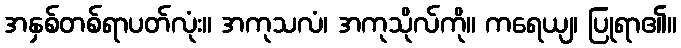
အနှစ်တစ်ရာပတ်လုံး။ အကုသလံ၊ အကုသိုလ်ကို။ ကရေယျ၊ ပြုရာ၏။